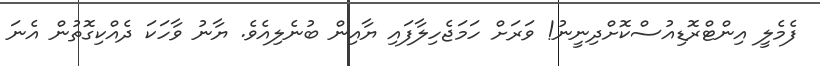
ފެމެލީ އިންޓްރޮޑިއުސްކޮށްދިނީނު! ވަރަށް ހަމަޖެހިލާފައި ޔާއިން ބުނެލިއެވެ. ޔާނު ވާހަކަ ދެއްކިގޮތުން އެނަ